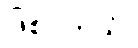
ဖြစ်ပါတယ်။